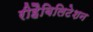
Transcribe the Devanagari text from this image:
रीहैबिलिटेशन